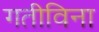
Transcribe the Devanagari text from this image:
गतीविना